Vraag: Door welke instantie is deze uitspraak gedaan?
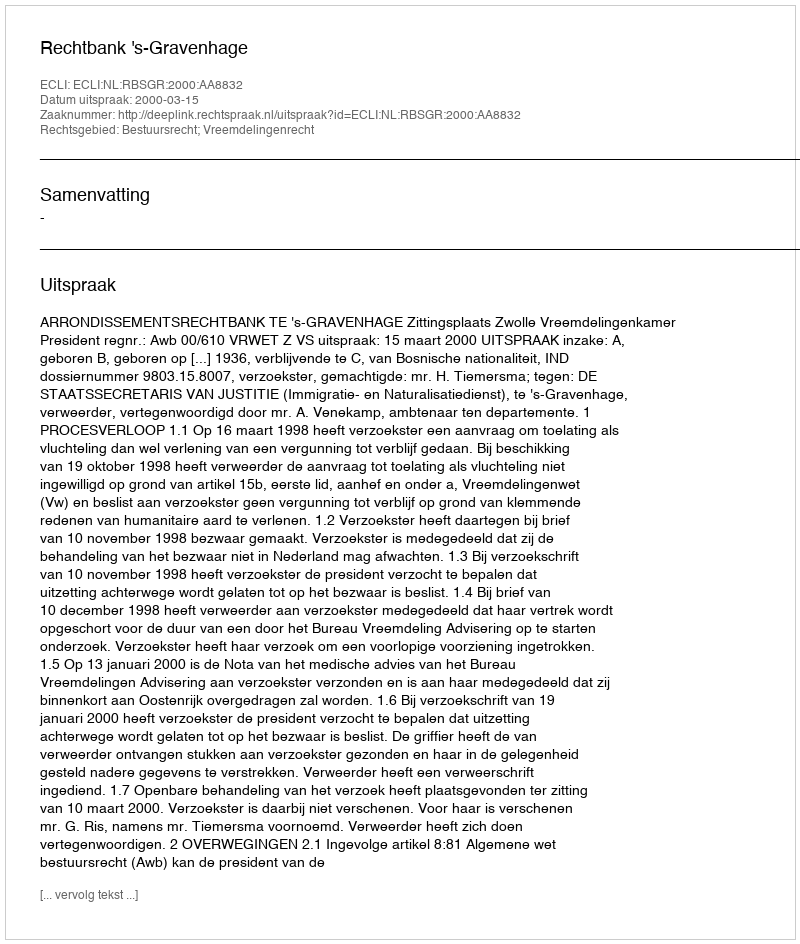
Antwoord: Rechtbank 's-Gravenhage